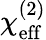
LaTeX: \chi_{\mathrm{eff}}^{(2)}